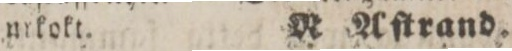
nikokt.    R Åſtrand.